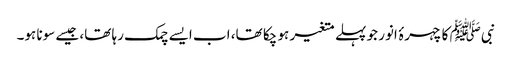
نبیﷺ کا چہرۂ انور جو پہلے متغیر ہو چکا تھا، اب ایسے چمک رہا تھا، جیسے سونا ہو۔